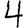
Digit: 4